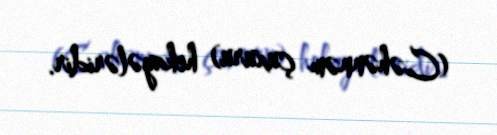
(Cəhənnəm çuxuru) hekayələridir.